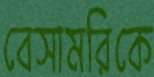
বেসামরিকে